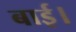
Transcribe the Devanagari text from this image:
बाई।